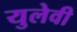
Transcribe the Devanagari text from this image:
युलेवी